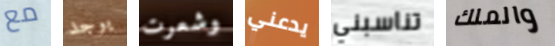
مع يوجد وشعرت يدعني تناسبني والملك